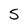
Character: s